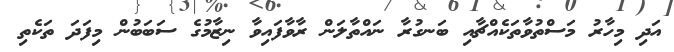
އަދި މިހާރު މަސްތުވާތަކެއްޗާއި ބަނގުރާ ނައްތާލަން ރާވާފައިވާ ނިޒާމުގެ ސަބަބުން މިފަދަ ތަކެތި